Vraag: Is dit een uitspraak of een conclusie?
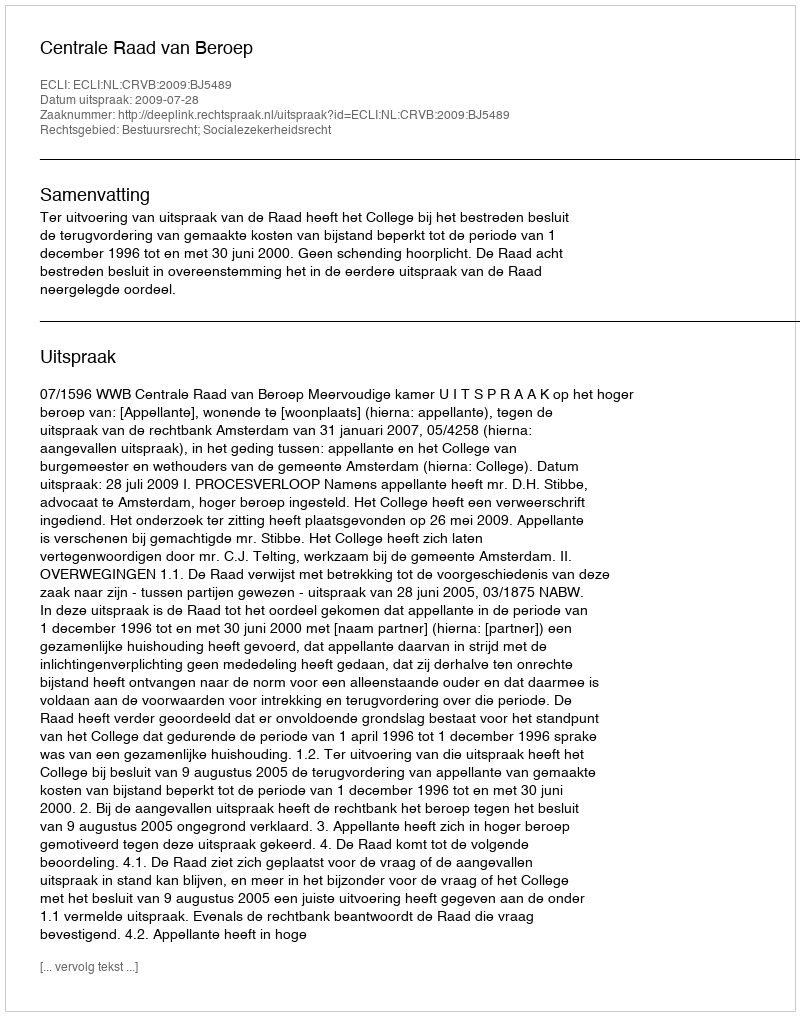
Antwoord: Uitspraak